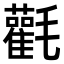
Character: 𣰻